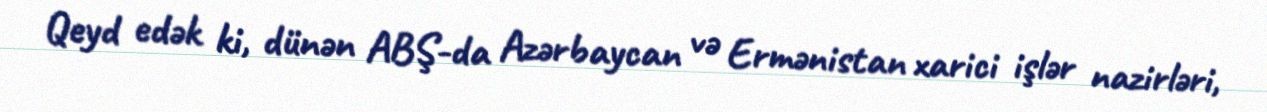
Qeyd edək ki, dünən ABŞ-da Azərbaycan və Ermənistan xarici işlər nazirləri,